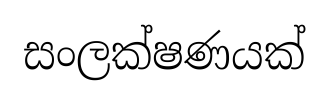
සංලක්ෂණයක්